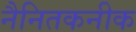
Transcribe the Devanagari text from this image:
नैनितकनीक